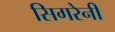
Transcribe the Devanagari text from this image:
सिगरेनी